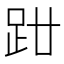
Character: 𧿰